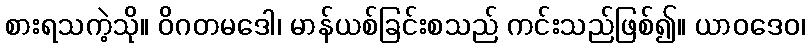
စားရသကဲ့သို။ ဝိဂတမဒေါ၊ မာန်ယစ်ခြင်းစသည် ကင်းသည်ဖြစ်၍။ ယာဝဒေဝ၊